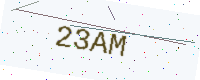
Text: 23AM